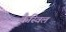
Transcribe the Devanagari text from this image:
कैस्विल